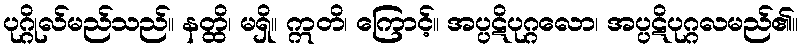
ပုဂ္ဂိုလ်မည်သည်။ နတ္ထိ၊ မရှိ။ ဣတိ၊ ကြောင့်။ အပ္ပဋိပုဂ္ဂလော၊ အပ္ပဋိပုဂ္ဂလမည်၏။